Annual administration and progress report of the Indian Medical Department, Bombay
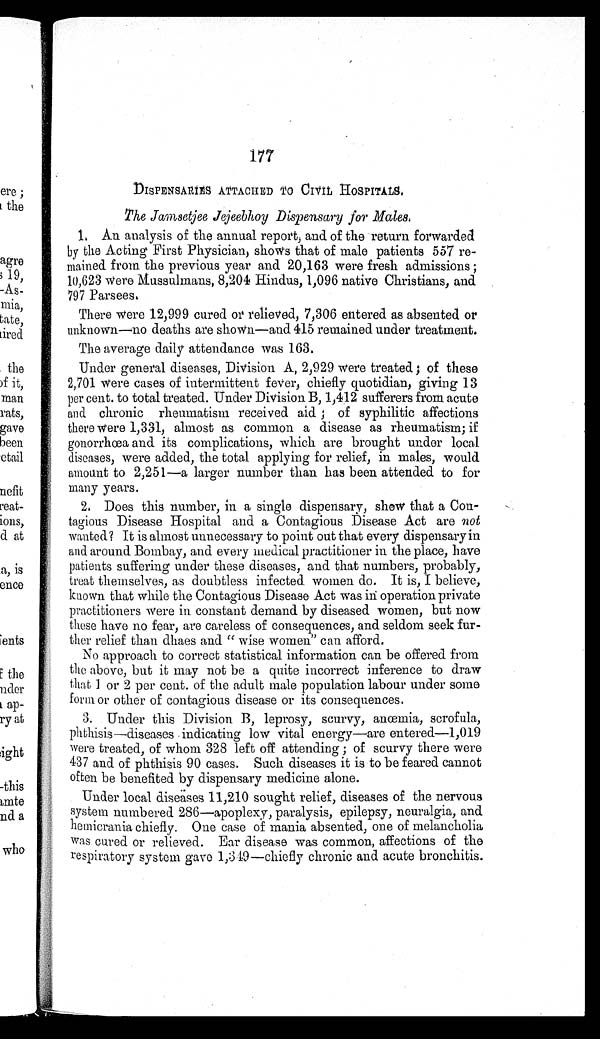
177
DISPENSARIES ATTACHED TO CIVIL HOSPITALS.
The Jamsetjee Jejeebhoy Dispensary for Males.
1. An analysis of the annual report, and of the return forwarded
by the Acting First Physician, shows that of male patients 557 re
-mained from the previous year and 20,163 were fresh admissions ;
10,623 were Mussulmans, 8,204 Hindus, 1,096 native Christians, and
797 Parsees.
There were 12,999 cured or relieved, 7,306 entered as absented or
unknown—no deaths are shown—and 415 remained under treatment.
The average daily attendance was 163.
Under general diseases, Division A, 2,929 were treated ; of these
2,701 were cases of intermittent fever, chiefly quotidian, giving 13
per cent. to total treated. Under Division B, 1,412 sufferers from acute
and chronic rheumatism received aid ; of syphilitic affections
there were 1,331, almost as common a disease as rheumatism; if
gonorrhœa and its complications, which are brought under local
diseases, were added, the total applying for relief, in males, would
amount to 2,251—a larger number than has been attended to for
many years.
2. Does this number, in a single dispensary, shew that a Con
- t a g i o u s D i s e a s e H o s p i t a l a n d a C o n t a g i o u s D i s e a s e A c t a r en
o t
wanted? It is almost unnecessary to point out that every dispensary in
and around Bombay, and every medical practitioner in the place, have
patients suffering under these diseases, and that numbers, probably,
treat themselves, as doubtless infected women do. It is, I believe,
known that while the Contagious Disease Act was in operation private
practitioners were in constant demand by diseased women, but now
these have no fear, are careless of consequences, and seldom seek fur
- t h e r r e l i e f t h a n d h a e s a n d " w i s e w o m e n " c a n a f f o r d .
No approach to correct statistical information can be offered from
the above, but it may not be a quite incorrect inference to draw
t h a t 1 o r 2 p e r c e n t . o f t h e a d u l t m a l e p o p u l a t i o n l a b o u r u n d e r s o m e
form or other of contagious disease or its consequences.
3. Under this Division B, leprosy, scurvy, anœmia, scrofula,
phthisis—diseases indicating low vital energy—are entered—1,019
were treated, of whom 328 left off attending ; of scurvy there were
437 and of phthisis 90 cases. Such diseases it is to be feared cannot
often be benefited by dispensary medicine alone.
Under local diseases 11,210 sought relief, diseases of the nervous
system numbered 286—apoplexy, paralysis, epilepsy, neuralgia, and
hemicrania chiefly. One case of mania absented, one of melancholia
was cured or relieved. Ear disease was common, affections of the
respiratory system gave 1,349—chiefly chronic and acute bronchitis.